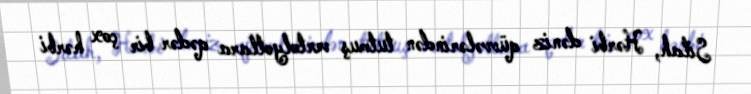
Silah, Hərbi dəniz qüvvələrindən tutmuş vertolyotlara qədər bir çox hərbi